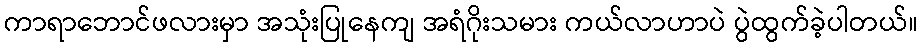
ကာရာဘောင်ဖလားမှာ အသုံးပြုနေကျ အရံဂိုးသမား ကယ်လာဟာပဲ ပွဲထွက်ခဲ့ပါတယ်။